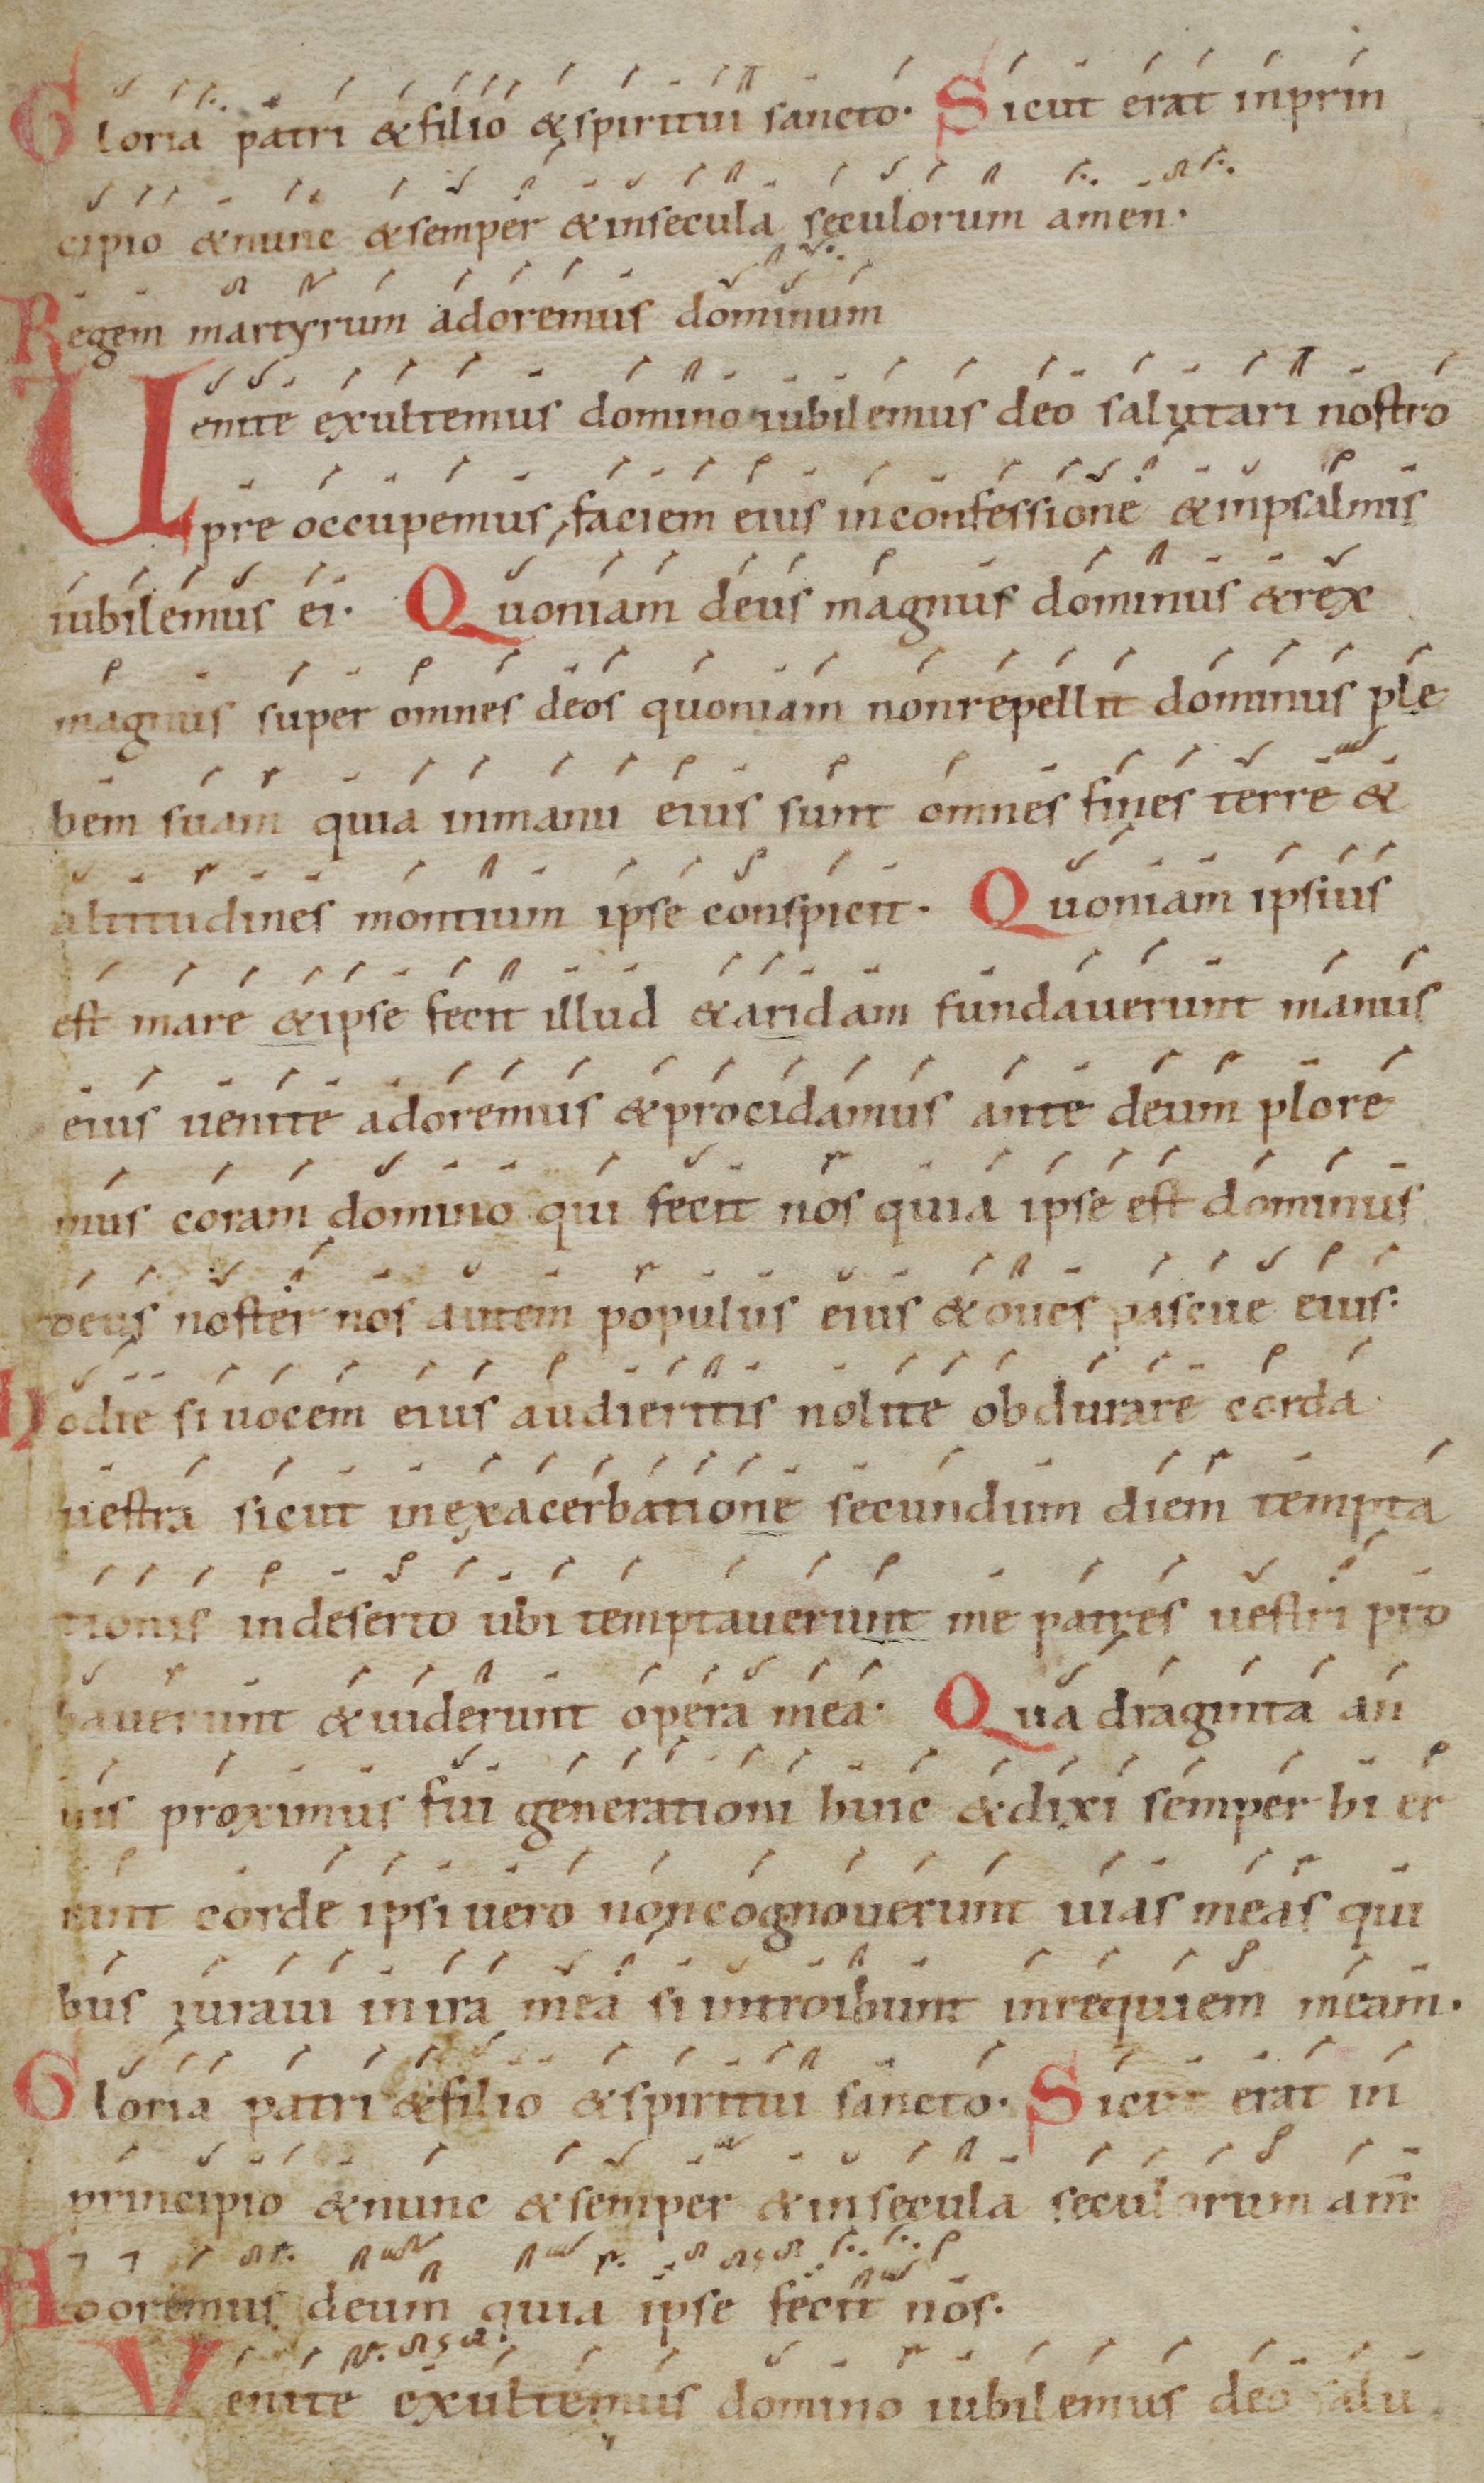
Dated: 1000–1099